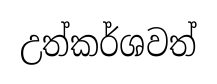
උත්කර්ශවත්